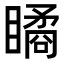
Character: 瞲